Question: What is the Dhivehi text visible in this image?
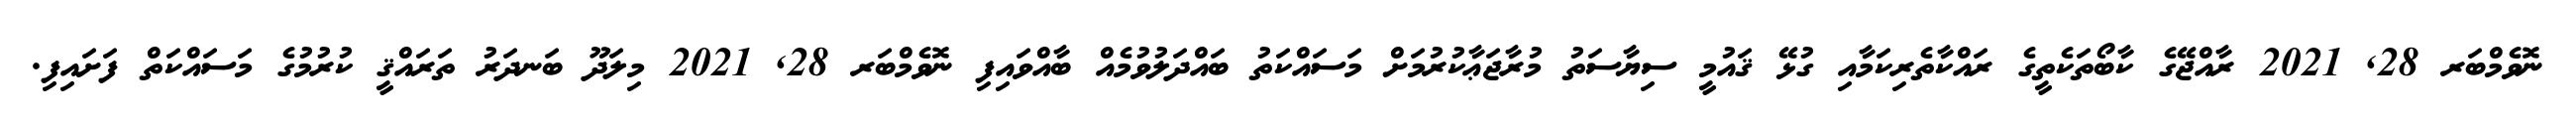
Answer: ނޮވެމްބަރ 28, 2021 ރާއްޖޭގެ ކާބޯތަކެތީގެ ރައްކާތެރިކަމާއި ގުޅޭ ޤައުމީ ސިޔާސަތު މުރާޖަޢާކުރުމަށް މަސައްކަތު ބައްދަލުވުމެއް ބާއްވައިފި ނޮވެމްބަރ 28, 2021 މިލަދޫ ބަނދަރު ތަރައްޤީ ކުރުމުގެ މަސައްކަތް ފަށައިފި.